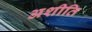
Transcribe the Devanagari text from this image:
अशीति